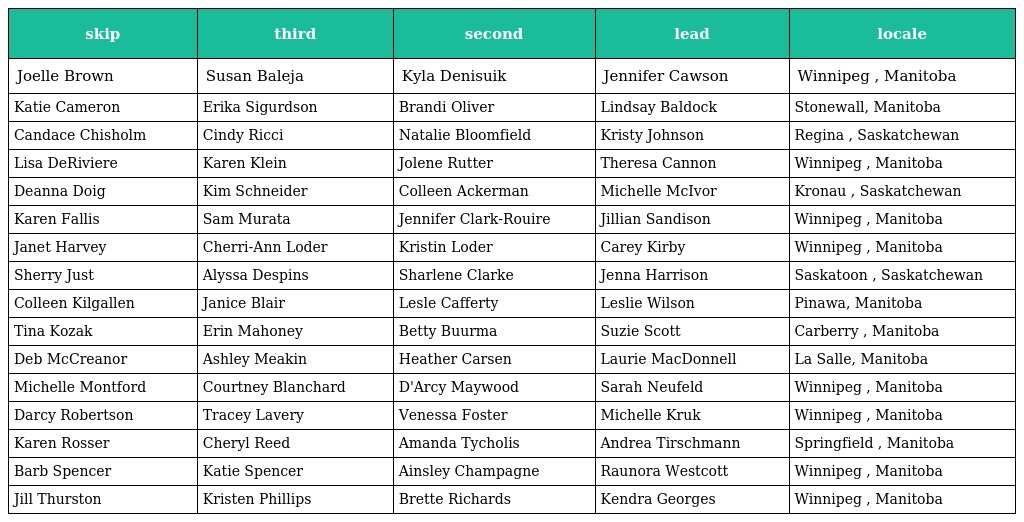
| skip | third | second | lead | locale |
 | --- | --- | --- | --- | --- |
 | Joelle Brown | Susan Baleja | Kyla Denisuik | Jennifer Cawson | Winnipeg , Manitoba |
 | Katie Cameron | Erika Sigurdson | Brandi Oliver | Lindsay Baldock | Stonewall, Manitoba |
 | Candace Chisholm | Cindy Ricci | Natalie Bloomfield | Kristy Johnson | Regina , Saskatchewan |
 | Lisa DeRiviere | Karen Klein | Jolene Rutter | Theresa Cannon | Winnipeg , Manitoba |
 | Deanna Doig | Kim Schneider | Colleen Ackerman | Michelle McIvor | Kronau , Saskatchewan |
 | Karen Fallis | Sam Murata | Jennifer Clark-Rouire | Jillian Sandison | Winnipeg , Manitoba |
 | Janet Harvey | Cherri-Ann Loder | Kristin Loder | Carey Kirby | Winnipeg , Manitoba |
 | Sherry Just | Alyssa Despins | Sharlene Clarke | Jenna Harrison | Saskatoon , Saskatchewan |
 | Colleen Kilgallen | Janice Blair | Lesle Cafferty | Leslie Wilson | Pinawa, Manitoba |
 | Tina Kozak | Erin Mahoney | Betty Buurma | Suzie Scott | Carberry , Manitoba |
 | Deb McCreanor | Ashley Meakin | Heather Carsen | Laurie MacDonnell | La Salle, Manitoba |
 | Michelle Montford | Courtney Blanchard | D'Arcy Maywood | Sarah Neufeld | Winnipeg , Manitoba |
 | Darcy Robertson | Tracey Lavery | Venessa Foster | Michelle Kruk | Winnipeg , Manitoba |
 | Karen Rosser | Cheryl Reed | Amanda Tycholis | Andrea Tirschmann | Springfield , Manitoba |
 | Barb Spencer | Katie Spencer | Ainsley Champagne | Raunora Westcott | Winnipeg , Manitoba |
 | Jill Thurston | Kristen Phillips | Brette Richards | Kendra Georges | Winnipeg , Manitoba |